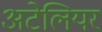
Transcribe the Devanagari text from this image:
अटेलियर